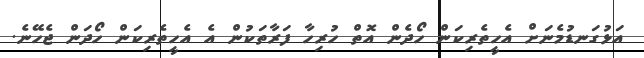
އަޅުގަނޑުމެނަށް އެހީތެރިކަން ހޯދެން އޮތް ހުރިހާ ފަރާތަކުން އެ އެހީތެރިކަން ހޯދަން ޖެހޭނެ.